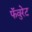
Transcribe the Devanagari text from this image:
फॅवुरेट